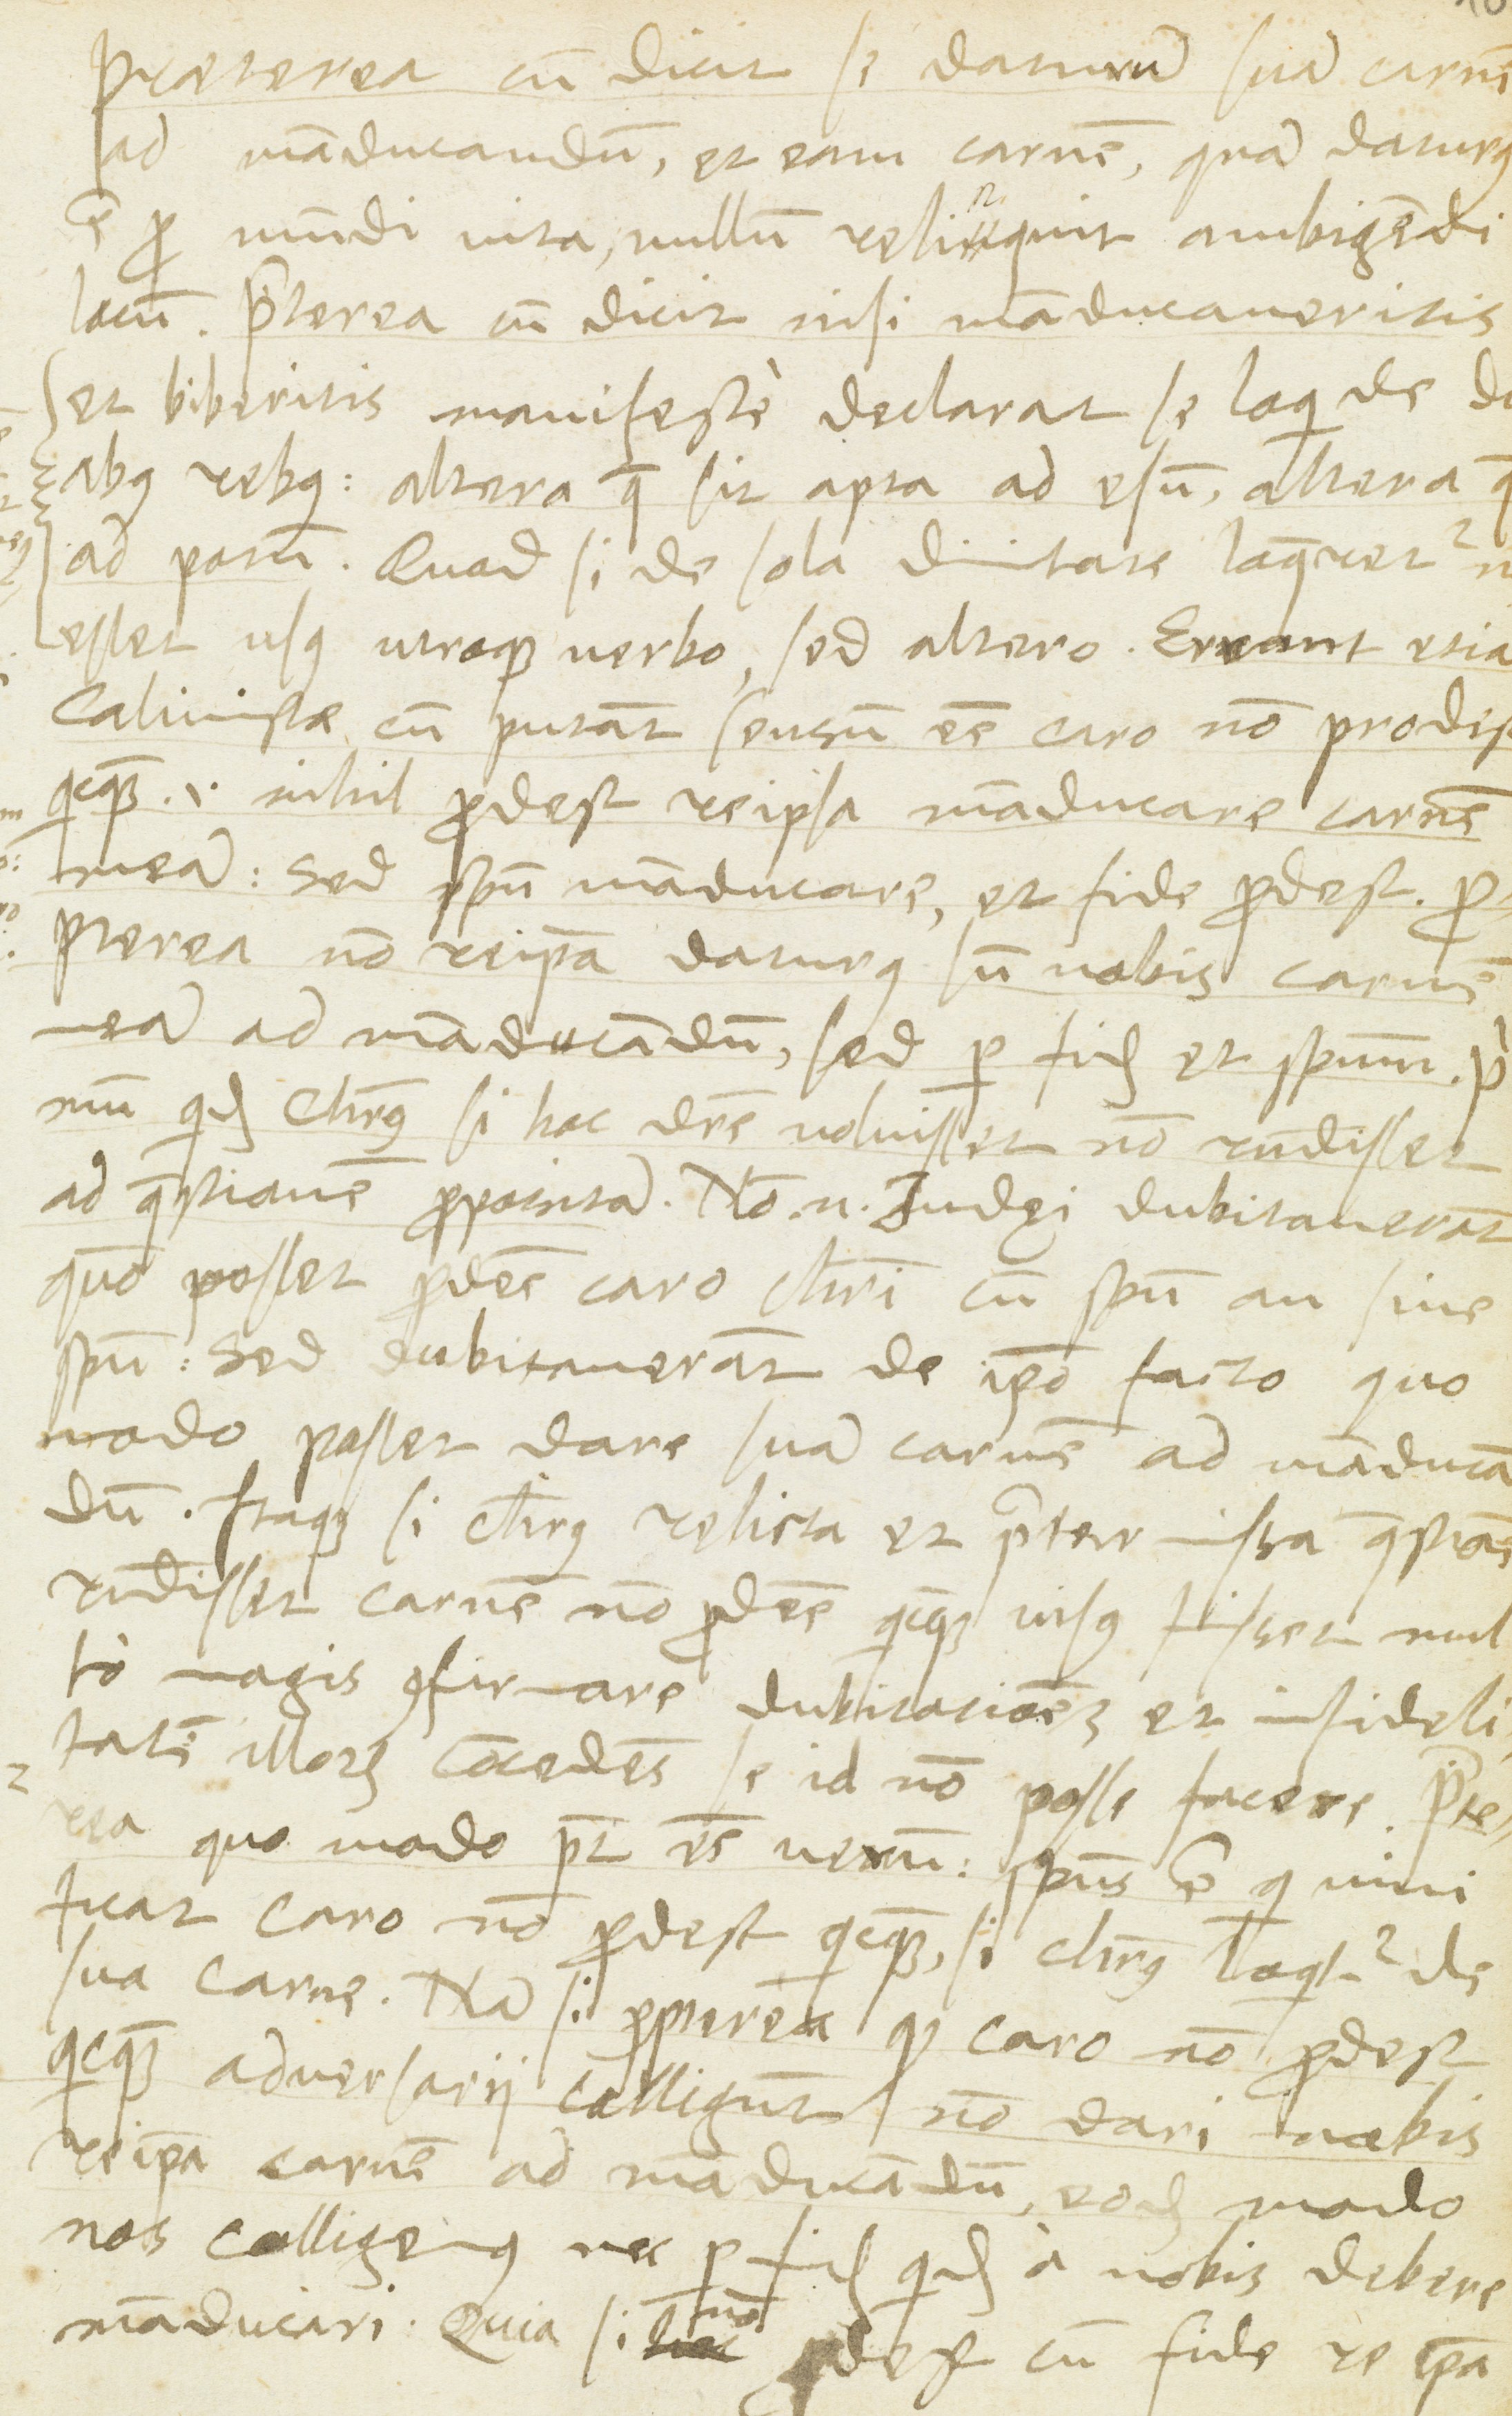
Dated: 1568–1568